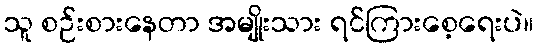
သူ စဉ်းစားနေတာ အမျိုးသား ရင်ကြားစေ့ရေးပဲ။